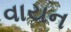
વાયન